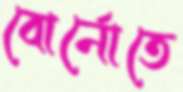
বোর্নোতে